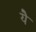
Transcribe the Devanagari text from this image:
येै